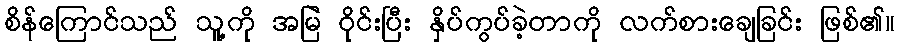
စိန်ကြောင်သည် သူ့ကို အမြဲ ဝိုင်းပြီး နှိပ်ကွပ်ခဲ့တာကို လက်စားချေခြင်း ဖြစ်၏။